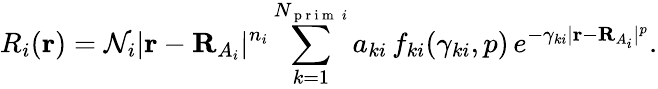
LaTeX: R_{i}(\mathbf{r})=\mathcal{N}_{i}\vert\mathbf{r}-\mathbf{R}_{A_{i}}\vert^{n_{i}}\sum_{k=1}^{N_{\mathrm{~p~r~i~m~}\, i}}a_{ki}\, f_{ki}(\gamma_{ki},p)\, e^{-\gamma_{ki}\vert\mathbf{r}-\mathbf{R}_{A_{i}}\vert^{p}}.